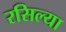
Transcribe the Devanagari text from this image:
रसिल्या